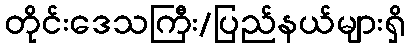
တိုင်းဒေသကြီး/ပြည်နယ်များရှိ